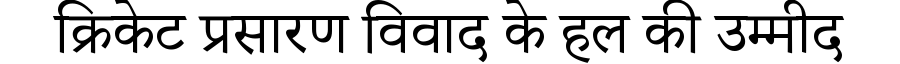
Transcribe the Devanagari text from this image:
क्रिकेट प्रसारण विवाद के हल की उम्मीद